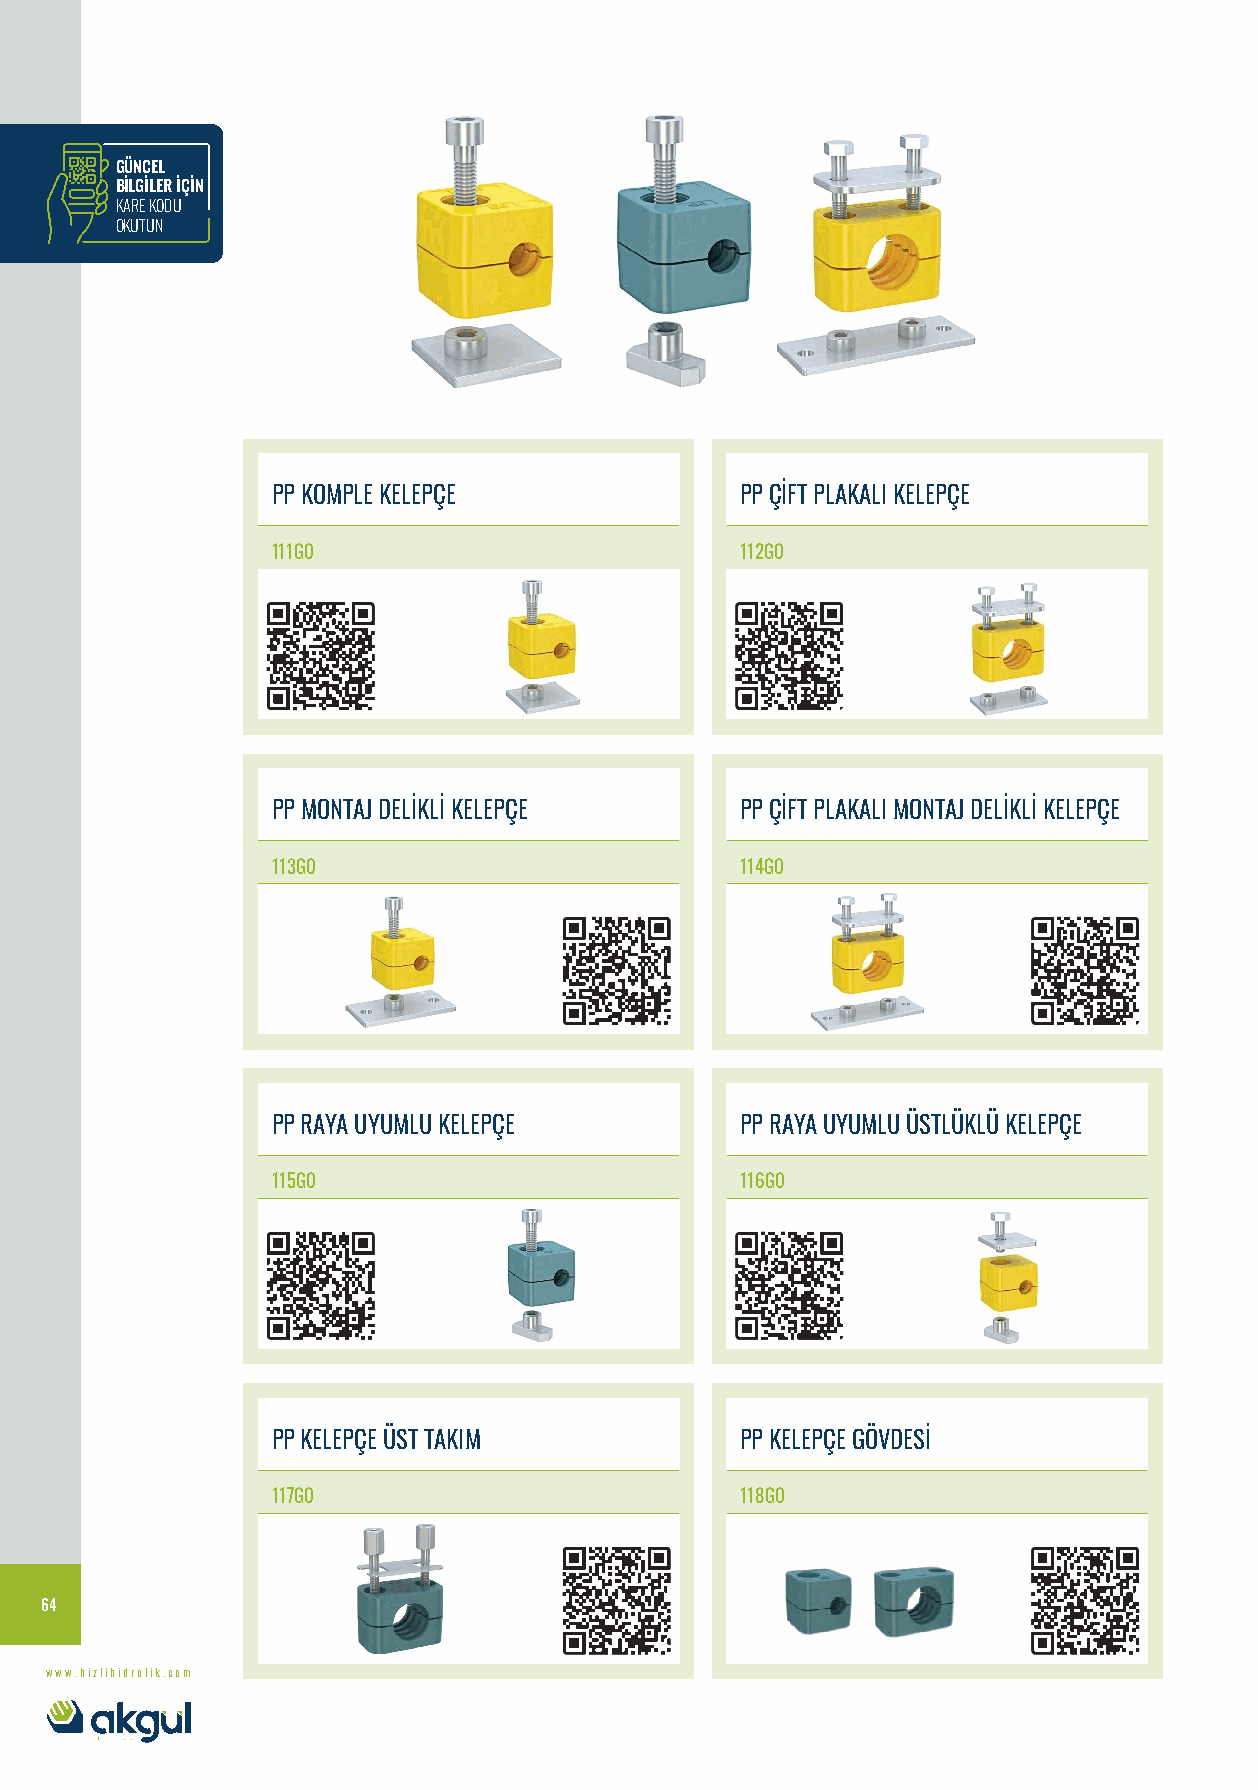
GÜNCEL
 BİLGİLER İÇİN
 KARE KODU
 OKUTUN
 PP KOMPLE KELEPÇE              PP ÇİFT PLAKALI KELEPÇE
 111G0                          112G0
 PP MONTAJ DELİKLİ KELEPÇE      PP ÇİFT PLAKALI MONTAJ DELİKLİ KELEPÇE
 113G0                          114G0
 PP RAYA UYUMLU KELEPÇE         PP RAYA UYUMLU ÜSTLÜKLÜ KELEPÇE
 115G0                          116G0
 PP KELEPÇE ÜST TAKIM           PP KELEPÇE GÖVDESİ
 117G0                          118G0
 64
 www.hizlihidrolik.com